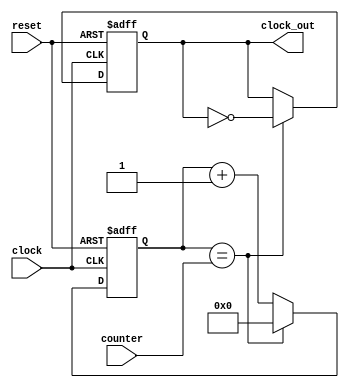
module clock_divider_12(input clock, input reset, input[5:0] counter, output reg clock_out);
	reg[5:0] temp_counter;
	initial 
		begin
			temp_counter <= 6'b0;
			clock_out <= 1'b0;
		end
	always @(posedge clock or posedge reset)
	begin
		if(reset)
			begin
				temp_counter <= 6'b0;
				clock_out <= 1'b0;
			end
		else
			if(temp_counter == counter) 
				begin
					temp_counter <= 6'b0;
					clock_out <= ~clock_out;
				end
			else
				begin
					temp_counter <= temp_counter + 1;
				end
	end	
endmodule